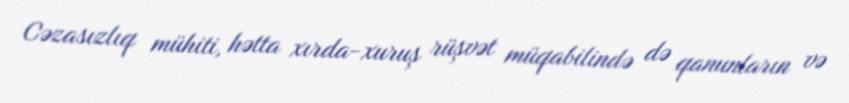
Cəzasızlıq mühiti, hətta xırda-xuruş rüşvət müqabilində də qanunların və